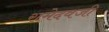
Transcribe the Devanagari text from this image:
रामेदवजी